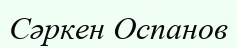
Сәркен Оспанов